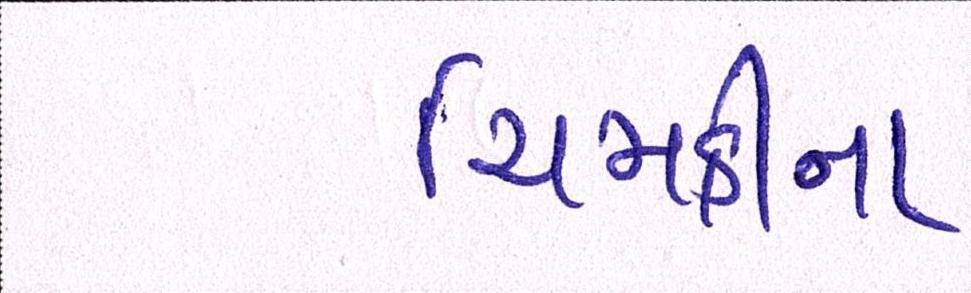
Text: ચિમકીના